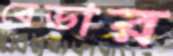
বেডার